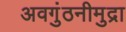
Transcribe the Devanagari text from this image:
अवगुंठनीमुद्रा